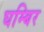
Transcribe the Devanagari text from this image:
घम्बिर